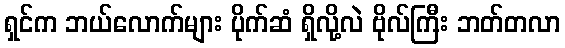
ရှင်က ဘယ်လောက်များ ပိုက်ဆံ ရှိလို့လဲ ဗိုလ်ကြီး ဘတ်တလာ